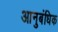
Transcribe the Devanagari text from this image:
आनुबंधिक